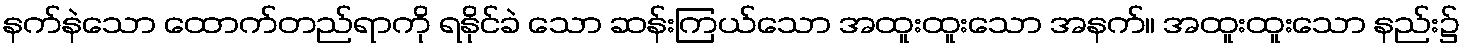
နက်နဲသော ထောက်တည်ရာကို ရနိုင်ခဲ သော ဆန်းကြယ်သော အထူးထူးသော အနက်။ အထူးထူးသော နည်း၌